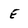
Character: E